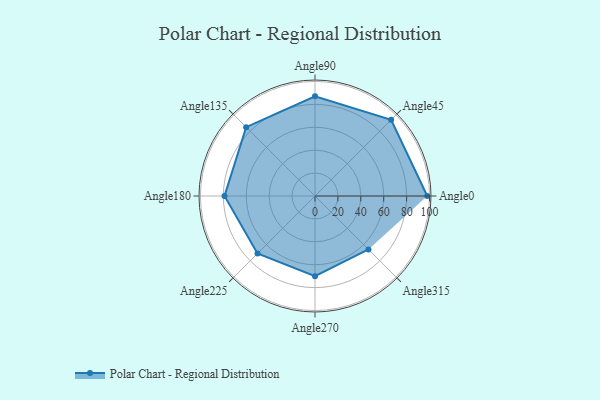
{"axis": {"x": "Angle", "y": "Radius"}, "legend": [""], "data": [{"x": "Angle0", "y": 98.0, "type": ""}, {"x": "Angle45", "y": 94.0, "type": ""}, {"x": "Angle90", "y": 87.0, "type": ""}, {"x": "Angle135", "y": 85.0, "type": ""}, {"x": "Angle180", "y": 79.0, "type": ""}, {"x": "Angle225", "y": 71.0, "type": ""}, {"x": "Angle270", "y": 70.0, "type": ""}, {"x": "Angle315", "y": 66.0, "type": ""}]}